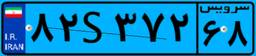
۸۲S۳۷۲۶۸